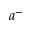
a ^ { - }